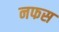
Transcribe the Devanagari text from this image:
नफस